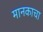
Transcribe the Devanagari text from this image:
मानकाचा